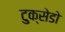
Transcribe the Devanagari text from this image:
टुक्सेडो